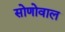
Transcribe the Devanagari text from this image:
सोणोवाल